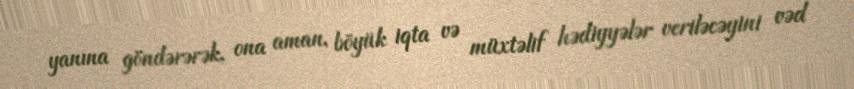
yanına göndərərək, ona aman, böyük iqta və müxtəlif hədiyyələr veriləcəyini vəd